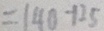
= 1 4 0 - 1 2 5